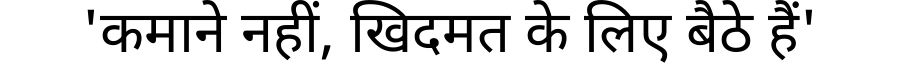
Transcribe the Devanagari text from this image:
'कमाने नहीं, खिदमत के लिए बैठे हैं'